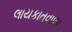
લાયકાતવાળા